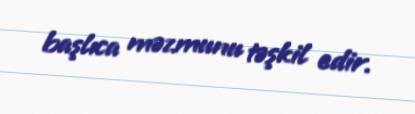
başlıca məzmunu təşkil edir.